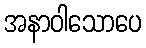
အနာဝါသောပေ